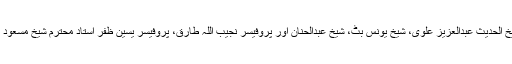
جامعہ سلفیہ فیصل آباد سے استاد محترم شیخ الحدیث عبدالعزیز علوی، شیخ یونس بٹ، شیخ عبدالحنان اور پروفیسر نجیب اللہ طارق، پروفیسر یسین ظفر استاد محترم شیخ مسعود عالم حفظہم اللہ نماز جنازہ میں شامل ہوئے۔